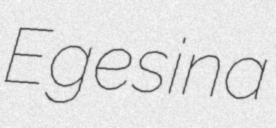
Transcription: Egesina